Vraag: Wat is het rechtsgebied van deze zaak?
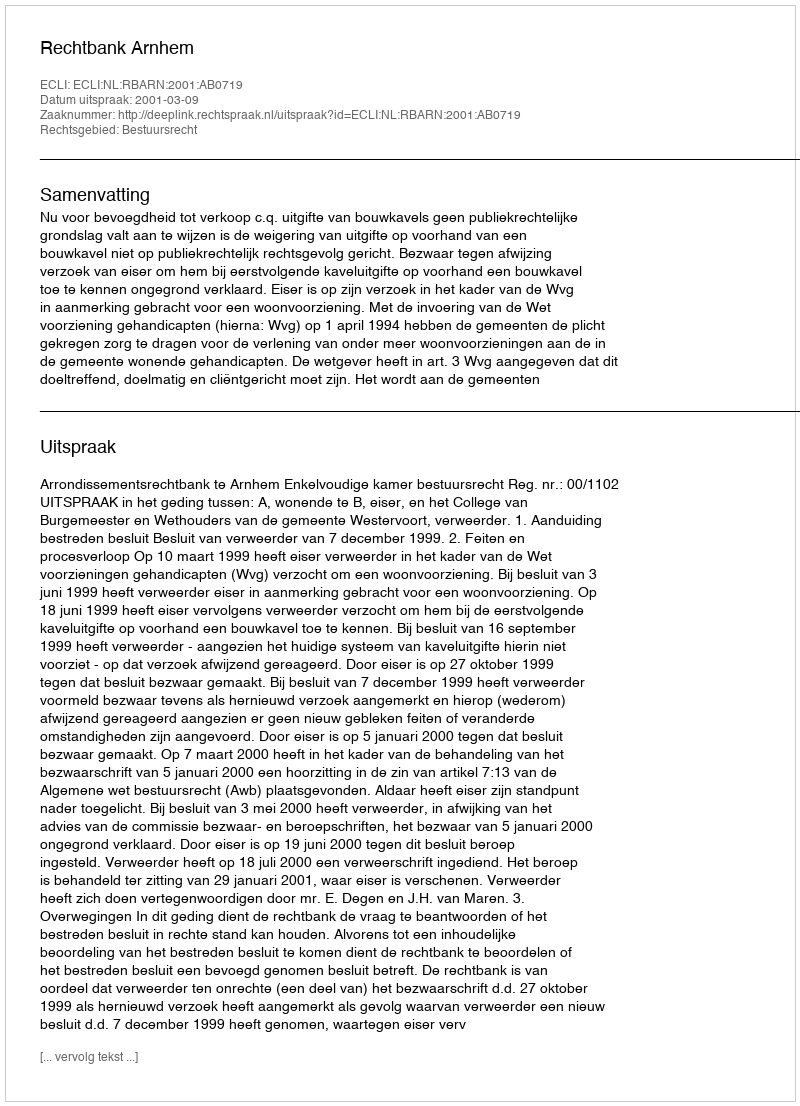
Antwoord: Bestuursrecht